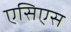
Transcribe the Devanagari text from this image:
एसिएस